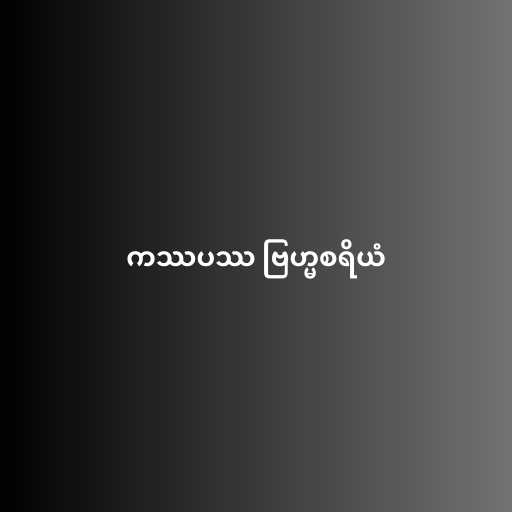
ကဿပဿ ဗြဟ္မစရိယံ